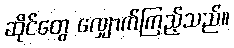
ဆိုင်တွေ လျှောက်ကြည့်သည်။